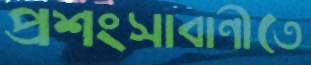
প্রশংসাবাণীতে